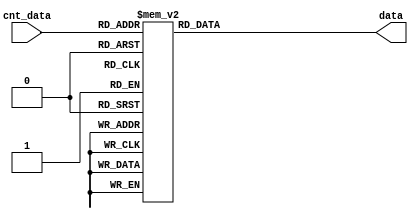
`timescale 1ns / 1ps
//////////////////////////////////////////////////////////////////////////////////
// Company: 
// Engineer: 
// 
// Design Name: 
// Module Name:    decode 
// Project Name: 
// Target Devices: 
// Tool versions: 
// Description: 
//
// Dependencies: 
//
// Revision: 
// Revision 0.01 - File Created
// Additional Comments: 
//
//////////////////////////////////////////////////////////////////////////////////
module DECODE(
	input [3:0] cnt_data,
	output reg [7:0] data
    );

always@(*)
begin
  case(cnt_data)
	4'h0: data = 8'b1100_0000;
	4'h1: data = 8'b1111_1001;
	4'h2: data = 8'b1010_0100;
	4'h3: data = 8'b1011_0000;
	4'h4: data = 8'b1001_1001;
	4'h5: data = 8'b1001_0010;
	4'h6: data = 8'b1000_0010;
	4'h7: data = 8'b1111_1000;
	4'h8: data = 8'b1000_0000;
	4'h9: data = 8'b1001_0000;
	4'ha: data = 8'b1000_1000;
	4'hb: data = 8'b1000_0011;
	4'hc: data = 8'b1010_0111;
	4'hd: data = 8'b1010_0001;
	4'he: data = 8'b1000_0110;
	4'hf: data = 8'b1000_1110;
	default: data = 8'b1111_1111;
	endcase
end

endmodule